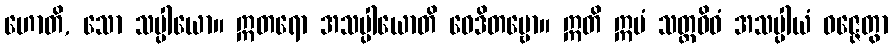
ဟောတိ, သော သပ္ပါယော။ ဣတရော အသပ္ပါယောတိ ဝေဒိတဗ္ဗော။ ဣတိ ဣမံ သတ္တဝိဓံ အသပ္ပါယံ ဝဇ္ဇေတွာ